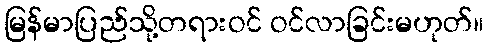
မြန်မာပြည်သို့တရားဝင် ဝင်လာခြင်းမဟုတ်။